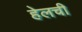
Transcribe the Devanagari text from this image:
हेलची